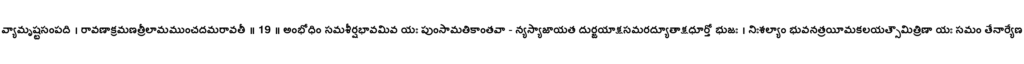
వ్యామృష్టసంపది । రావణాక్రమణత్రీలామముంచదమరావతీ ॥ 19 ॥ అంభోధిం సమశీర్షభావమివ యః పుంసామతికాంతవా - న్యస్యాజాయత దుర్జయాక్షసమరద్యూతాక్షధూర్తో భుజః । నిఃశల్యాం భువనత్రయీమకలయత్సౌమిత్రిణా యః సమం తేనార్యేణ